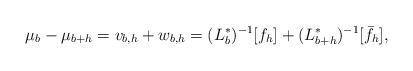
LaTeX: \begin{align*} \mu_b-\mu_{b+h} = v_{b,h} + w_{b,h} = (L_b^*)^{-1}[f_h]+ (L_{b+h}^*)^{-1}[\bar f_h],\end{align*}